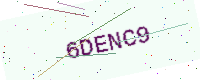
Text: 6DENC9